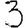
Digit: 3